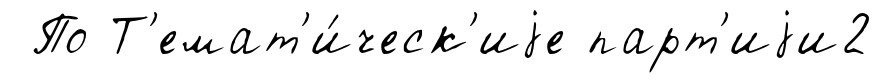
По Т'емат'и́ческ'иjе парт'иjи2